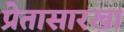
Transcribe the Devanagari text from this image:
प्रेतासारखा